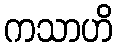
ကသာဟိ